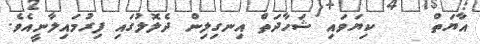
އާޔަތް     ކިޔަވައި ޝަހާދަތް އިނގިލިން ދެލޮލުގައި ފިރުމައިލާނީއެވެ.